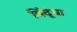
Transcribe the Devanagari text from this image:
बिंदूंचा